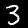
Digit: 3